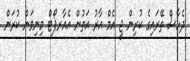
ދެހާސް ތޭރައިގެ ކުރިން ޖީ އެމް އާރު އަތުން އެއާރޕޯޓް މިނިވަން ކުރަން